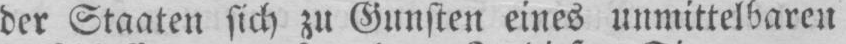
der Staaten sich zu Gunsten eines unmittelbaren